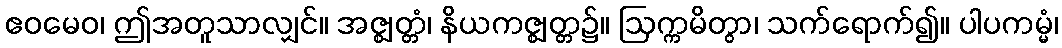
ဧဝမေဝ၊ ဤအတူသာလျှင်။ အဇ္ဈတ္တံ၊ နိယကဇ္ဈတ္တ၌။ ဩက္ကမိတွာ၊ သက်ရောက်၍။ ပါပကမ္မံ၊